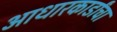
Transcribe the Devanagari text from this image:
आधारकार्डांचा